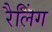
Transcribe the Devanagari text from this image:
रैलिंग